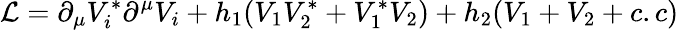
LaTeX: {\cal L}=\partial_{\mu}V_{i}^{*}\partial^{\mu}V_{i}+h_{1}(V_{1}V_{2}^{*}+V_{1}^{*}V_{2})+h_{2}(V_{1}+V_{2}+c.c)